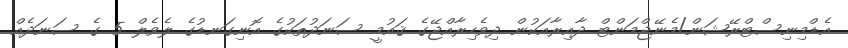
އެޑްމިނިސްޓްރޭޝަން/މެނޭޖްމަންޓް ދާއިރާއަކުން ދިވެހިރާއްޖޭގެ ޤައުމީ ސަނަދުތަކުގެ އޮނިގަނޑުގެ ލެވެލް 5 ގެ ސަނަދެއް